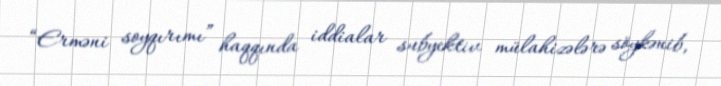
“Erməni soyqırımı” haqqında iddialar subyektiv mülahizələrə söykənib,